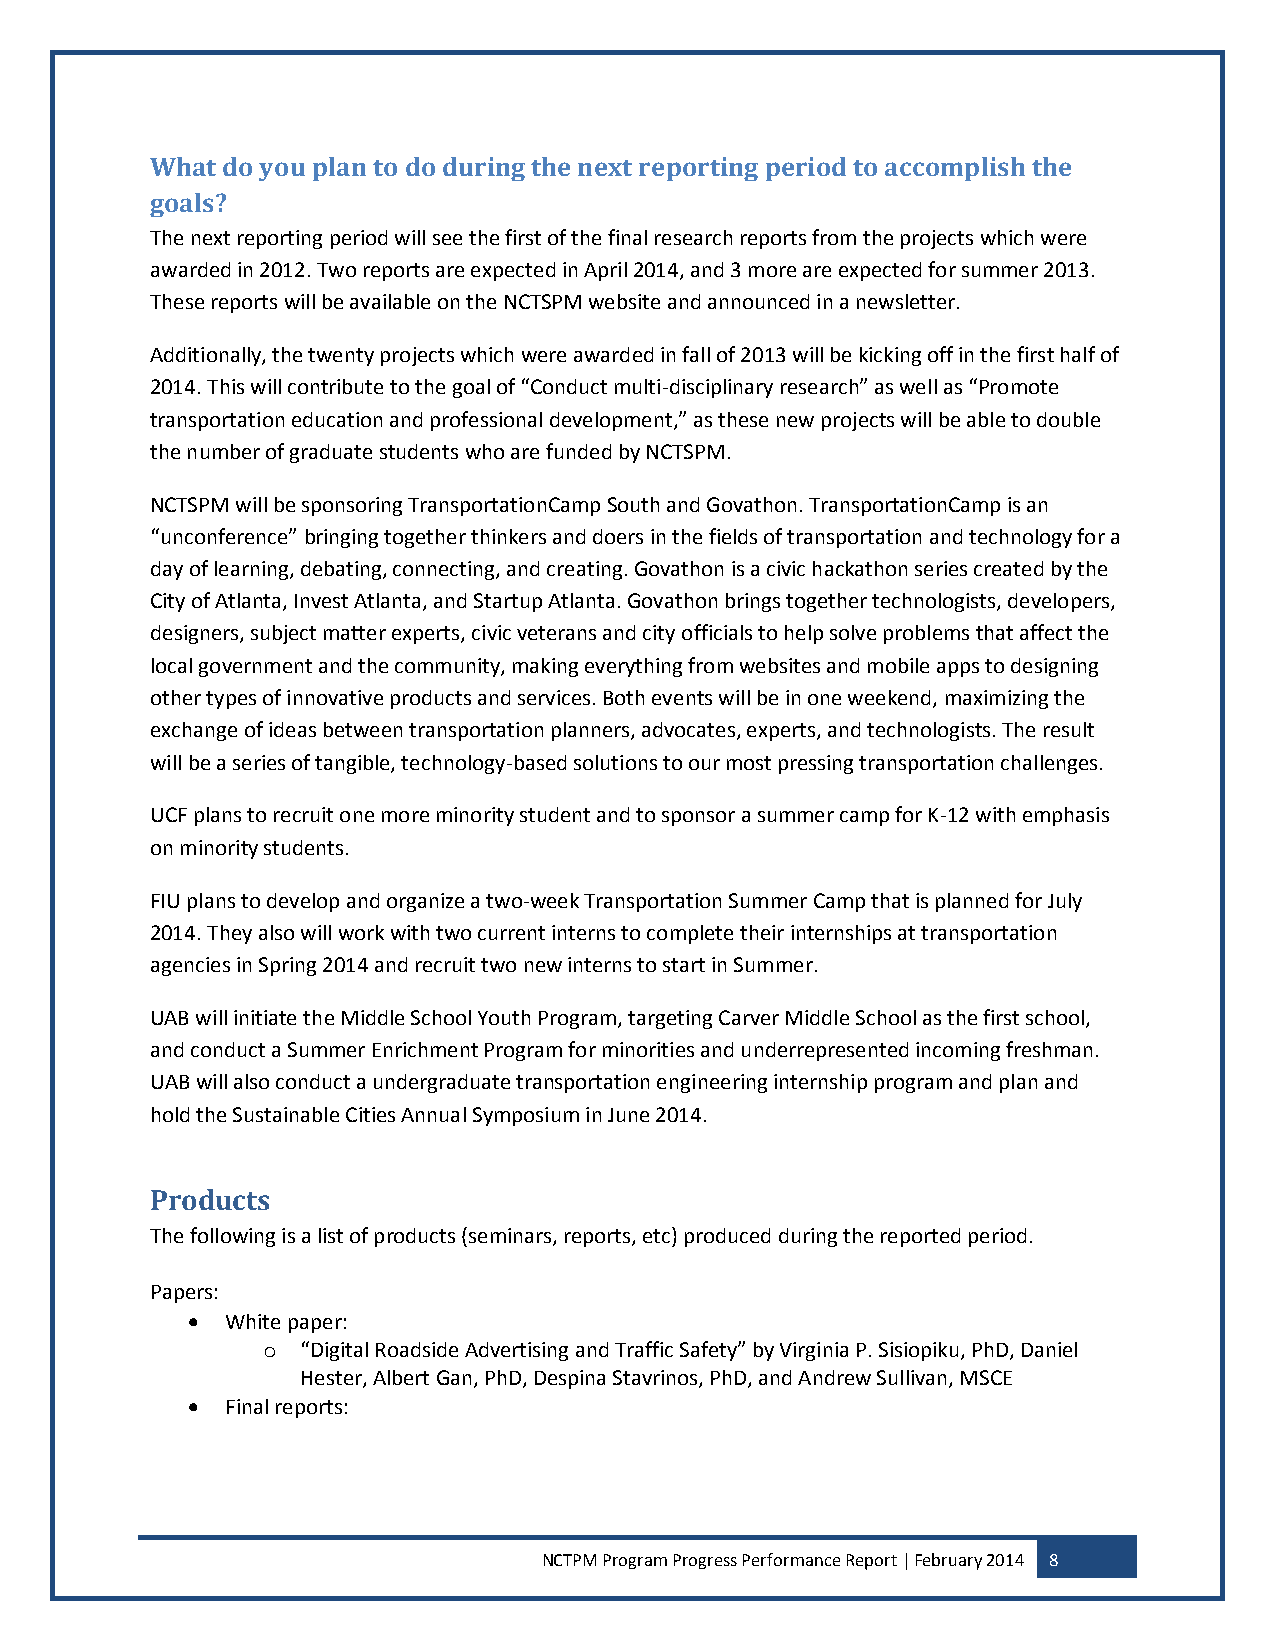
What do you plan to do during the next reporting period to accomplish the
 goals?
 The next reporting period will see the first of the final research reports from the projects which were
 awarded in 2012. Two reports are expected in April 2014, and 3 more are expected for summer 2013.
 These reports will be available on the NCTSPM website and announced in a newsletter.
 Additionally, the twenty projects which were awarded in fall of 2013 will be kicking off in the first half of
 2014. This will contribute to the goal of “Conduct multi-disciplinary research” as well as “Promote
 transportation education and professional development,” as these new projects will be able to double
 the number of graduate students who are funded by NCTSPM.
 NCTSPM will be sponsoring TransportationCamp South and Govathon. TransportationCamp is an
 “unconference” bringing together thinkers and doers in the fields of transportation and technology for a
 day of learning, debating, connecting, and creating. Govathon is a civic hackathon series created by the
 City of Atlanta, Invest Atlanta, and Startup Atlanta. Govathon brings together technologists, developers,
 designers, subject matter experts, civic veterans and city officials to help solve problems that affect the
 local government and the community, making everything from websites and mobile apps to designing
 other types of innovative products and services. Both events will be in one weekend, maximizing the
 exchange of ideas between transportation planners, advocates, experts, and technologists. The result
 will be a series of tangible, technology-based solutions to our most pressing transportation challenges.
 UCF plans to recruit one more minority student and to sponsor a summer camp for K-12 with emphasis
 on minority students.
 FIU plans to develop and organize a two-week Transportation Summer Camp that is planned for July
 2014. They also will work with two current interns to complete their internships at transportation
 agencies in Spring 2014 and recruit two new interns to start in Summer.
 UAB will initiate the Middle School Youth Program, targeting Carver Middle School as the first school,
 and conduct a Summer Enrichment Program for minorities and underrepresented incoming freshman.
 UAB will also conduct a undergraduate transportation engineering internship program and plan and
 hold the Sustainable Cities Annual Symposium in June 2014.
 Products
 The following is a list of products (seminars, reports, etc) produced during the reported period.
 Papers:
   White paper:
 o  “Digital Roadside Advertising and Traffic Safety” by Virginia P. Sisiopiku, PhD, Daniel
 Hester, Albert Gan, PhD, Despina Stavrinos, PhD, and Andrew Sullivan, MSCE
   Final reports:
 NCTPM Program Progress Performance Report | February 2014 8